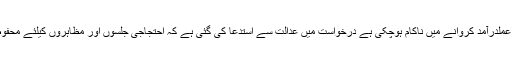
ایسا لگتا ہے کہ حکومت اپنی پابندی پر عملدرآمد کروانے میں ناکام ہوچکی ہے درخواست میں عدالت سے استدعا کی گئی ہے کہ احتجاجی جلسوں اور مظاہروں کیلئے محفوظ جگہ مختص کرنے کا حکم دیا جائے۔